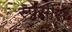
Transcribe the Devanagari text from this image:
स्पेसीस